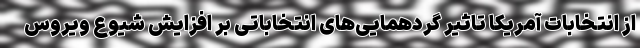
از انتخابات آمریکا تاثیر گردهمایی‌های انتخاباتی بر افزایش شیوع ویروس